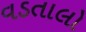
વડતાલો